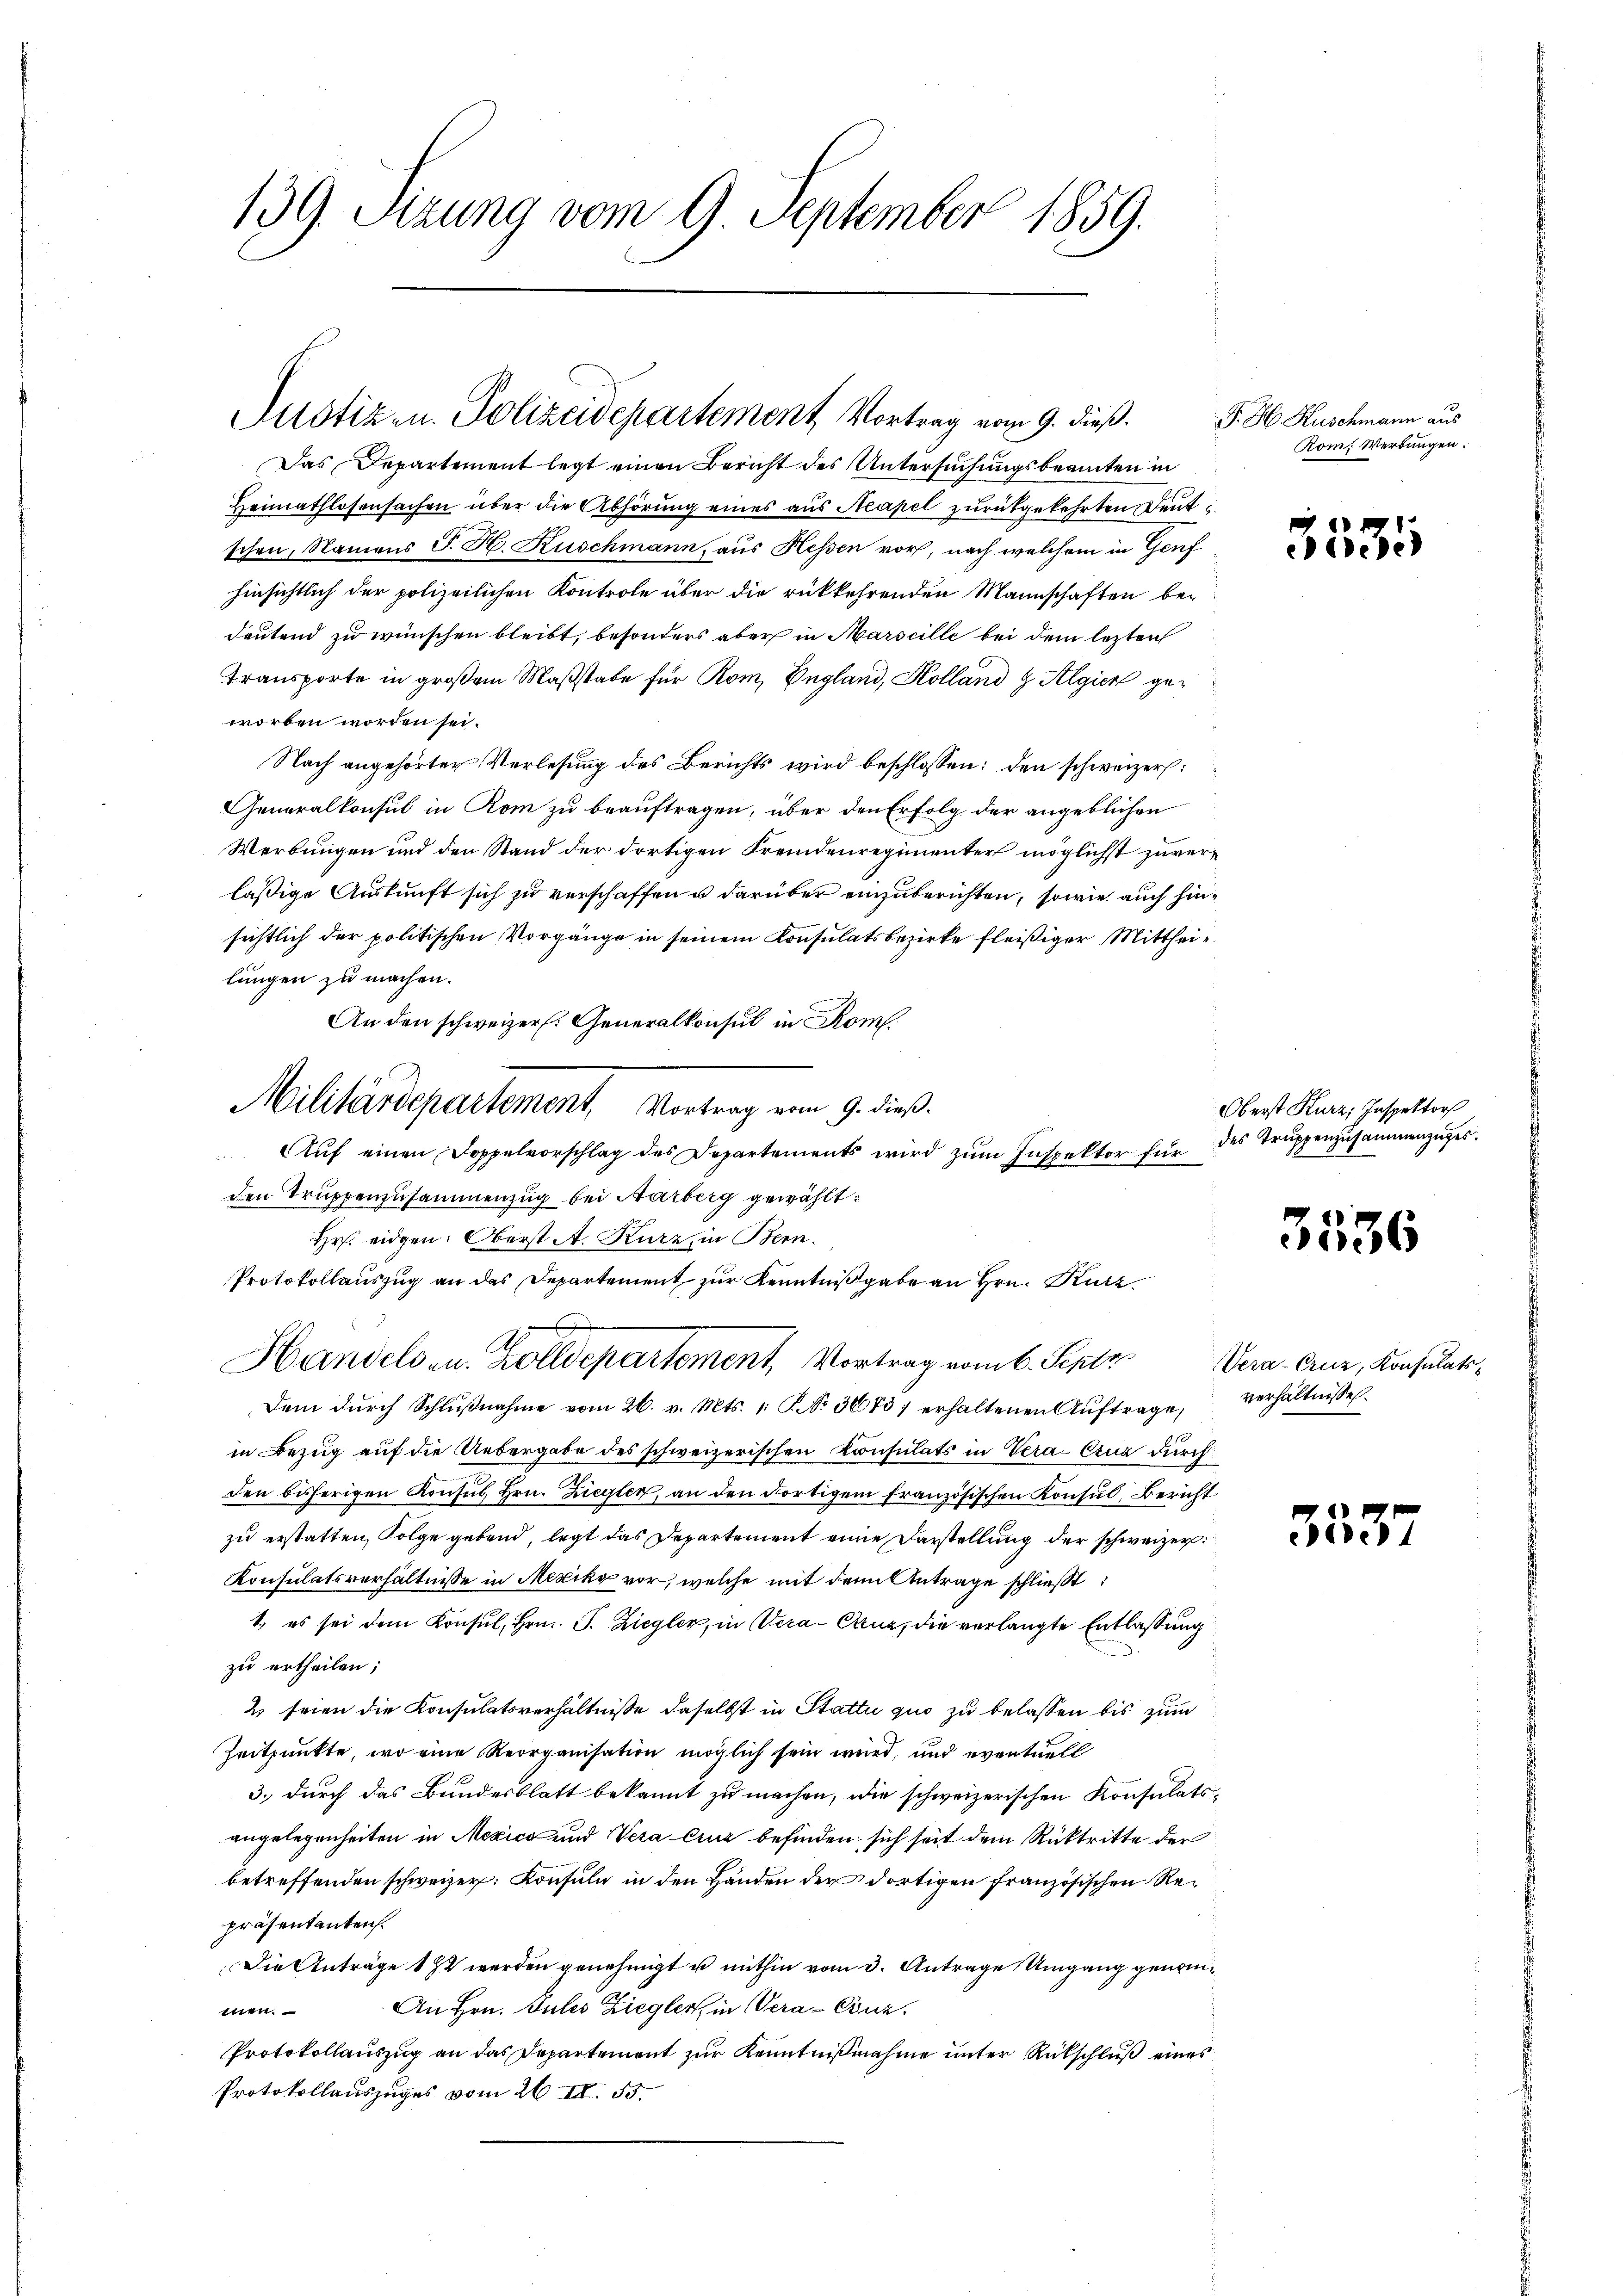
139. Sitzung vom 9. September 1859.

Justiz- u. Polizeidepartement, Vortrag vom 9. dieß.

Das Departement legt einen Bericht des Untersuchungsbeamten in
Heimathlosensachen über die Abhörung eines aus Neapel zurükgekehrten Deutschen, Namens J. H. Kuschmann, aus Hessen vor, nach welchem in Genf
hinsichtlich der polizeilichen Kontrole über die rückkehrenden Mannschaften bedeutend zu wünschen bleibt, besonders aber in Marseille bei dem lezten
Transporte in großem Maßstabe für Rom, England, Holland & Algien geworben worden sei.
Nach angehörter Verlesung des Berichts wird beschlossen: den schweizer:
Generalkonsul in Rom zu beauftragen, über den Erfolg der angeblichen
Werbungen und den Stand der dortigen Fremdenregimenter möglichst zuverläßige Auskunft sich zu verschaffen u darüber einzuberichten, sowie auch hinsichtlich der politischen Vorgänge in seinem Konsulatsbezirke fleißiger Mittheilungen zu machen.
An den schweizer. Generalkonsul in Rom.
Militärdepartement, Vortrag vom 9. dieß.
Aŭf einen Doppelvorschlag des Departements wird zŭm Inspektor für des Trŭppenzusammenzŭges.
den Truppenzusammenzug bei Aarberg gewählt:
Hr. eidgen. Oberst A. Kurz, in Bern.
Protokollauszug an das Departement zur Kenntnißgabe an Hrn. Kurz
Handels u. Zolldepartement, Vortrag vom 6. Septz
Dem dŭrch Schlŭβnahme vom 26. v. Mts. 1. P. No. 36837 erhaltenen Aŭftrage,
in Bezug auf die Uebergabe des schweizerischen Konsulats in Vera-Crua durch
den bisherigen Konsul Hrn. Ziegler, an den dortigem französischen Konsul, Bericht
zu erstatten, Folge gebend, legt das Departement eine Darstellung der schweizer
Konsulatsverhältnisse in Mexiko vor, welche mit dem Antrage schließt:
1. es sei dem Konsul, Hrn. F. Ziegler, in Vera-Cauz, die verlangte Entlassung
zu ertheilen;
2 seien die Konsulatsverhältnisse daselbst in Stattu quo zu belassen bis zum
Zeitpunkte, wo eine Reorganisation möglich sein wird, und eventuell
3., durch das Bundesblatt bekannt zu machen, die schweizerischen Konsulatsangelegenheiten in Mexico und Vera Eruz befinden sich seit dem Rücktritte der
betreffenden schweizer. Konsuln in den Händen der dortigen französischen Repräsentanten.
Die Anträge 1st werden genehmigt u mithin vom 3. Antrage Umgang genom¬
An Hrn. Gutes Ziegler, in Vera-Canz
men.
Protokollauszug an das Departement zur Kenntnißnahme unter Rückschluß eines
Protokollauszuges vom 26. IV. 53.

P. H. Kuschmann aus
Rom. Werdungen.

3535

Oberst Kurz, Inspektor

3536

Vera-Cruz, Konsulatsverhältnisse.

3537